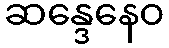
ဆန္ဒေနေဝ